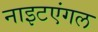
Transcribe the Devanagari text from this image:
नाइटएंगल